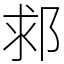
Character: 䣇